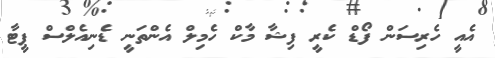
އެއީ ހެރިސަން ފޯޑް ކެރީ ފިޝާ މާކް ހެމިލް އެންތަނީ ޑެނިއެލްސް ޕީޓާ